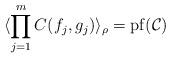
LaTeX: \begin{align*} \langle \prod_{j=1}^m C(f_j,g_j) \rangle_{\rho} = {\rm pf}( \mathcal{C} )\end{align*}